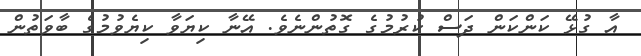
އާ ގުޅޭ ކަންކަން ދަސް ކުރުމުގެ ގޮތުންނެވެ. އޭނާ ކިޔަވާ ކިޔެވުމުގެ ބާވަތުން